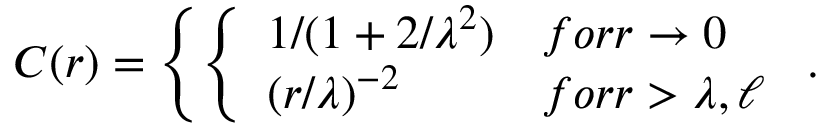
{ \cal C } ( r ) = \left\{ \left\{ \begin{array} { l l } { { 1 / ( 1 + 2 / \lambda ^ { 2 } ) } } & { { f o r r \rightarrow 0 } } \\ { { ( r / \lambda ) ^ { - 2 } } } & { { f o r r > \lambda , \ell } } \end{array} \right. \right. .